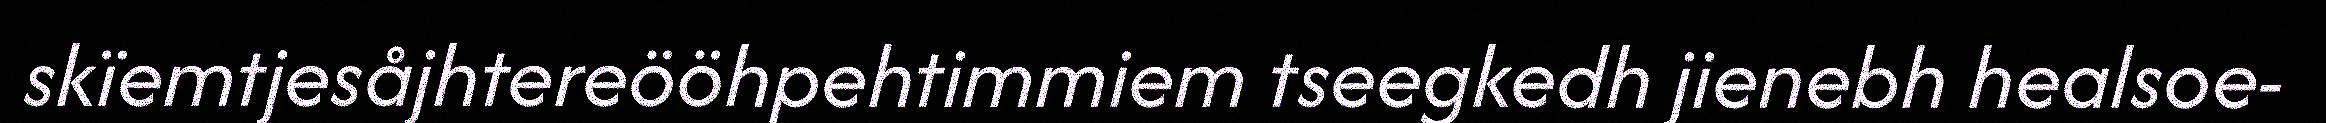
skïemtjesåjhtereööhpehtimmiem tseegkedh jienebh healsoe-